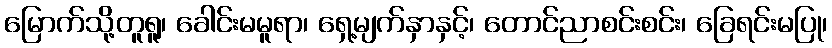
မြောက်သို့တူရူ၊ ခေါင်းမမူရာ၊ ရှေ့မျက်နှာနှင့်၊ တောင်ညာစင်းစင်း၊ ခြေရင်းမပြု၊